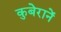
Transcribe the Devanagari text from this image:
कुबेरानें